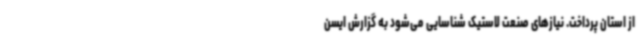
از استان پرداخت. نیازهای صنعت لاستیک شناسایی می‌شود به گزارش ایسن